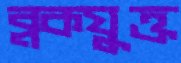
ব্লকযুক্ত